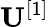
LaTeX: \mathbf{U}^{[1]}